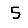
Digit: 5